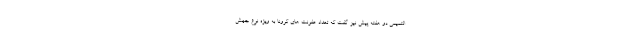
التمیمی دو هفته پیش نیز گفت که تعداد عفونت های کرونا به ویژه نوع جهش